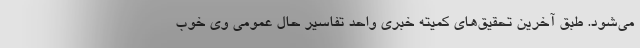
می‌شود. طبق آخرین تحقیق‌های کمیته خبری واحد تفاسیر حال عمومی وی خوب